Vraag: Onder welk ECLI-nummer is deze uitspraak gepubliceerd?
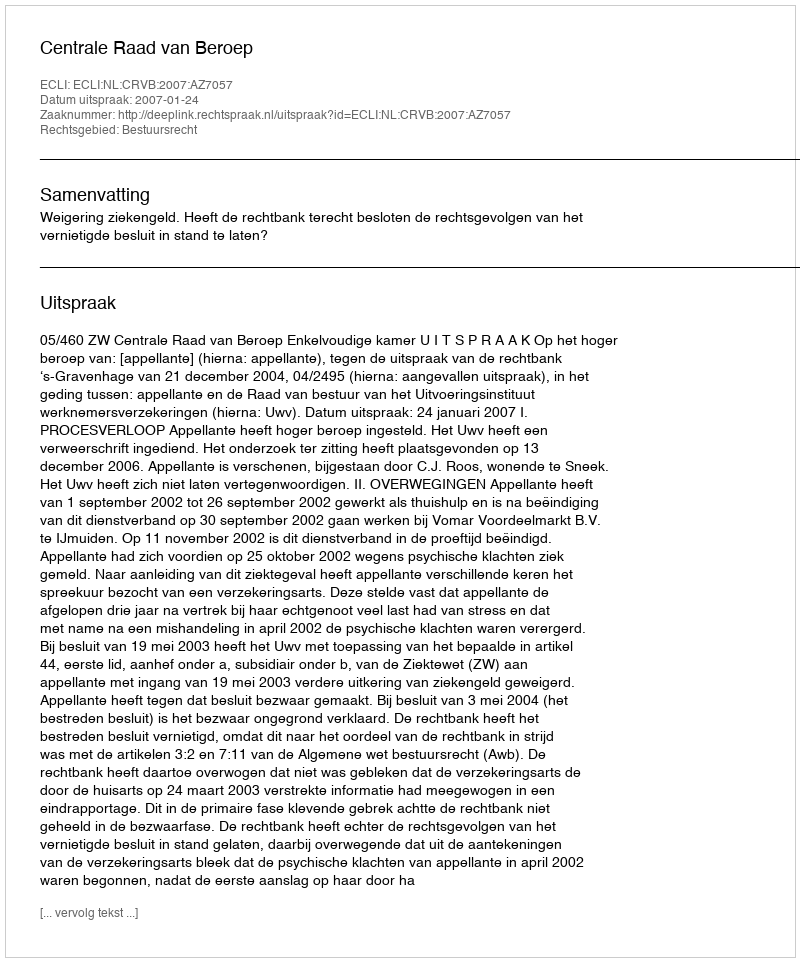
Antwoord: ECLI:NL:CRVB:2007:AZ7057